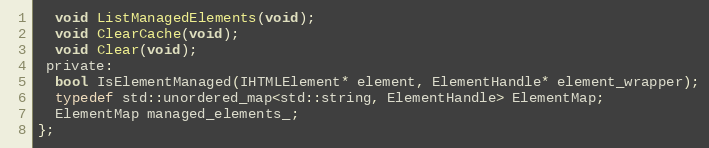
Language: C
  void ListManagedElements(void);
  void ClearCache(void);
  void Clear(void);
 private:
  bool IsElementManaged(IHTMLElement* element, ElementHandle* element_wrapper);
  typedef std::unordered_map<std::string, ElementHandle> ElementMap;
  ElementMap managed_elements_;
};